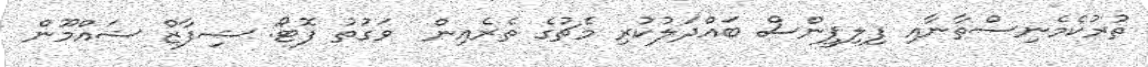
ތުރުކެމެނިސްތާނާއި ފިލިޕީންސް ބައްދަލުކުރި މެޗުގެ ތެރެއިން  ވަގުތު ފޮޓޯ: ޝިފާޒް ޝައްމޫން